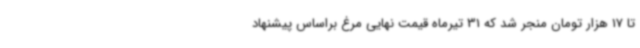
تا 17 هزار تومان منجر شد که 31 تیرماه قیمت نهایی مرغ براساس پیشنهاد